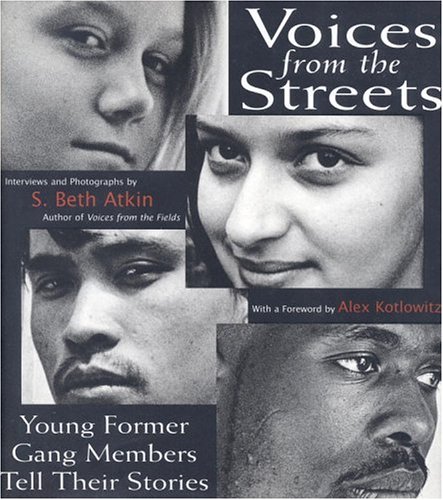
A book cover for Voices from the Streets: Young Gang Members Tell Their Stories; S. Beth Atkin; Teen & Young Adult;